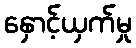
နှောင့်ယှက်မှု